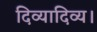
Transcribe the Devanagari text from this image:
दिव्यादिव्य।